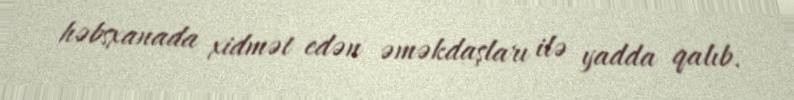
həbsxanada xidmət edən əməkdaşları ilə yadda qalıb.